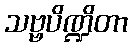
သဗ္ဗပိဏ္ဍိတာ